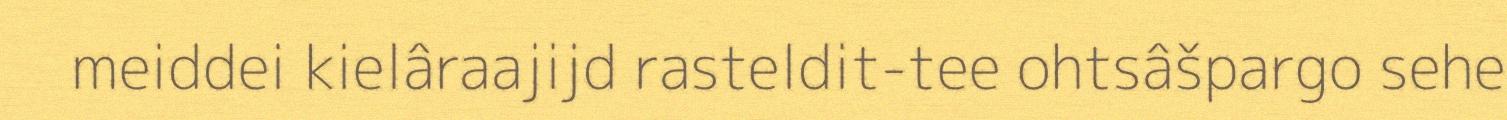
meiddei kielâraajijd rasteldit-tee ohtsâšpargo sehe